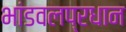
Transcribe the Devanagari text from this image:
भांडवलप्रधान